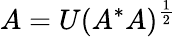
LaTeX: A=U(A^{*}A)^{\frac{1}{2}}